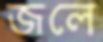
জলে